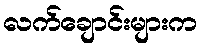
လက်ချောင်းများက